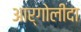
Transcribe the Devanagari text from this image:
आर्गोलीदा